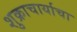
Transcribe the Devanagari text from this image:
शुक्राचार्याचा